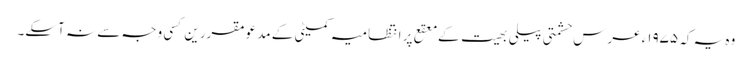
وہ یہ کہ ۱۹۷۵ء عرس حشمتی پیلی بھیت کے معقع پر انتظامیہ کمیٹی کے مدعو مقررین کسی وجہ سے نہ آسکے۔